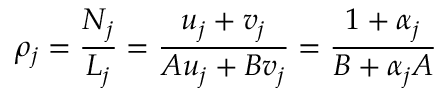
\rho _ { j } = \frac { N _ { j } } { L _ { j } } = \frac { u _ { j } + v _ { j } } { A u _ { j } + B v _ { j } } = \frac { 1 + \alpha _ { j } } { B + \alpha _ { j } A }